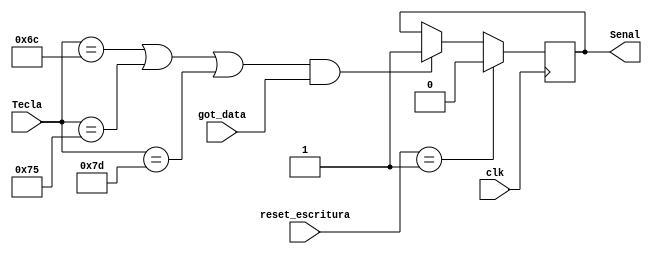
`timescale 1ns / 1ps
//////////////////////////////////////////////////////////////////////////////////
// Company: 
// Engineer: 
// 
// Design Name: 
// Module Name:    Control_de_modo 
// Project Name: 
// Target Devices: 
// Tool versions: 
// Description: 
//
// Dependencies: 
//
// Revision: 
// Revision 0.01 - File Created
// Additional Comments: 
//
//////////////////////////////////////////////////////////////////////////////////
module Control_de_modo(
    input [7:0] Tecla,
	 input [7:0] reset_escritura,
	 input clk,
	 input got_data,
	 output reg Senal
    );
	 
	 always @(posedge clk)
	   if (reset_escritura == 8'd1)
		   Senal = 0;
	   else if ((Tecla == 8'h6C || Tecla == 8'h75 || Tecla == 8'h7D) && got_data)
		        Senal = 1;
		     else
		        Senal = Senal;
			
endmodule